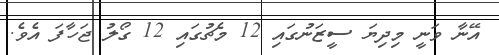
އޭނާ ވަނީ މިދިޔަ ސީޒަނުގައި 12 މެޗުގައި 12 ގޯލު ޖަހާފަ އެވެ.